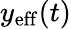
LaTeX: y_{\mathrm{eff}}(t)